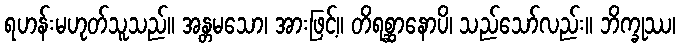
ရဟန်းမဟုတ်သူသည်။ အန္တမသော၊ အားဖြင့်။ တိရစ္ဆာနောပိ၊ သည်သော်လည်း။ ဘိက္ခုဿ၊